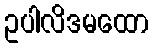
ဥပါလိဒမထော